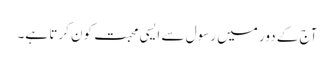
آج کے دور میں رسول سے ایسی محبت کون کرتا ہے۔